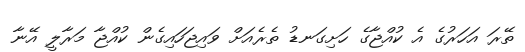
ތޭރަ އަހަރުގެ އެ ކުއްޖާގެ ހަށިގަނޑު ތެރެއަށް ވައިޖަހައިގެން ކުއްޖާ މަރާލީ އޭނާ